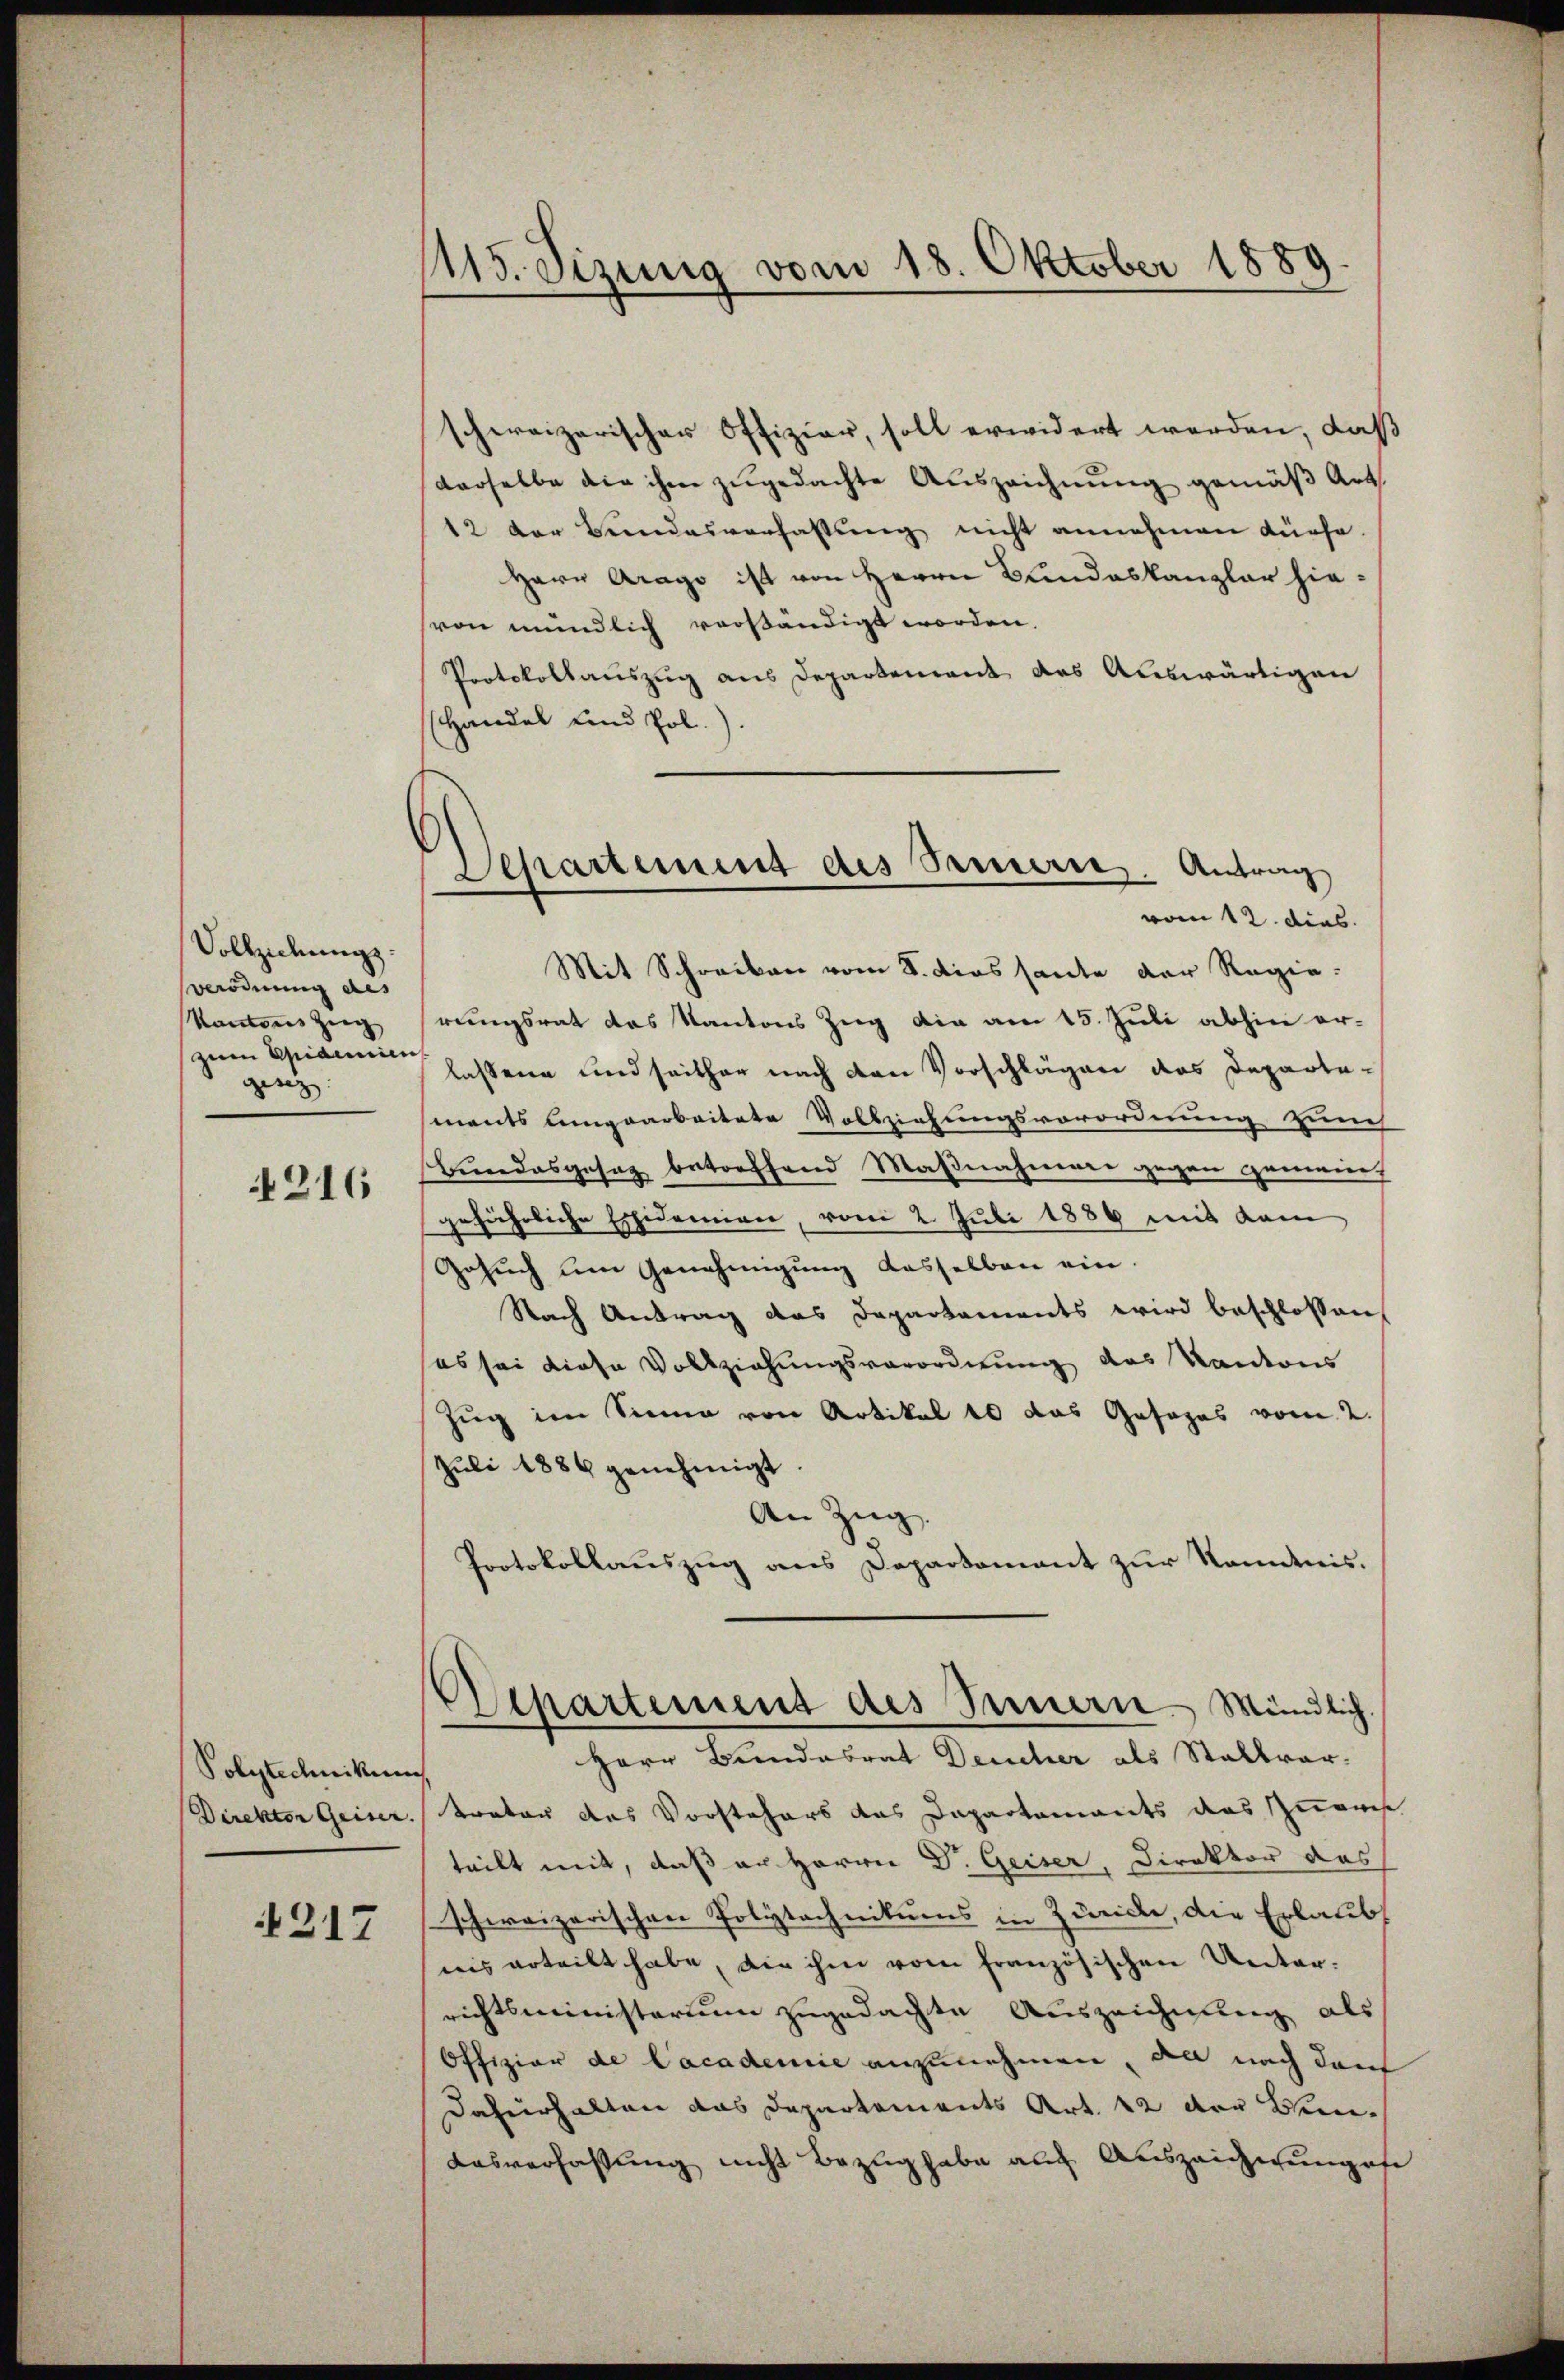
Vollziehung.
oorodnung aus
Kantons Zug
zum Aidemien
gesez

216

Polytechnikum
Direkter Geiser

217

115. Sizung vom 18. Oktober 1889.

Separtement des Samere. Antrag
vom 12. dies

schweizerischer Offizier, soll erwidert werden, daß
derselbe die ihm zugedachte Auszeichnung gemäß Art.
12 der Bundesverfassung nicht annehmen dürfe
Herr Arago ist von Herrn Bundeskanzlar hievon mündlich verständigt worden.
Protokollauszug aus Departement das Auswärtigen
Handel und Pol
Mit Schreiben vom 8. dies heute der Regie-
rungsrat das Kantons Zug die am 15. Juli abhin er-
lassene und seither nach den Vorschlägen des Departements lungearbeitete Vollziehungsverordnung zunch
Bundesgesag betreffend Maßnahmenen gegen gemeine
geführliche Epidemien, vom 2. Juli 1886 mit dem
Gesuch um Genehmigung dasselben ein
Nach Antrag das Departaments wird beschlossen
sos sei diese Vollziehungsverordnung des Kantons
Zug im Sinne von Artikel 10 das Gesages vom 2.
Juli 1886 genehmigt
An Zug
Protokollauszug aus Daparkomant zur Kenntnis.
Departement des Innern Mündlich.
Herr Brandesrat Deucher als Stallvar.
trator des Vorstehers das Dapartements das Inanse
teilt mit, daß er Herrn Dr. Geiser, Direktor des
schweizerischen Polytechnikums in Zürich, die Erlaubs
ris erteilt habe, die ihm vom französischen Unterrichtsministerium zugedachte Auszeichnung als
Offiziar de Cacademie anzunehmen, da nach darf
Dafürhalten das Departements Art. 12 der Bun¬
Ausverfassung nicht Bezug habe auch Auszeichnungefe